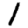
Digit: 1